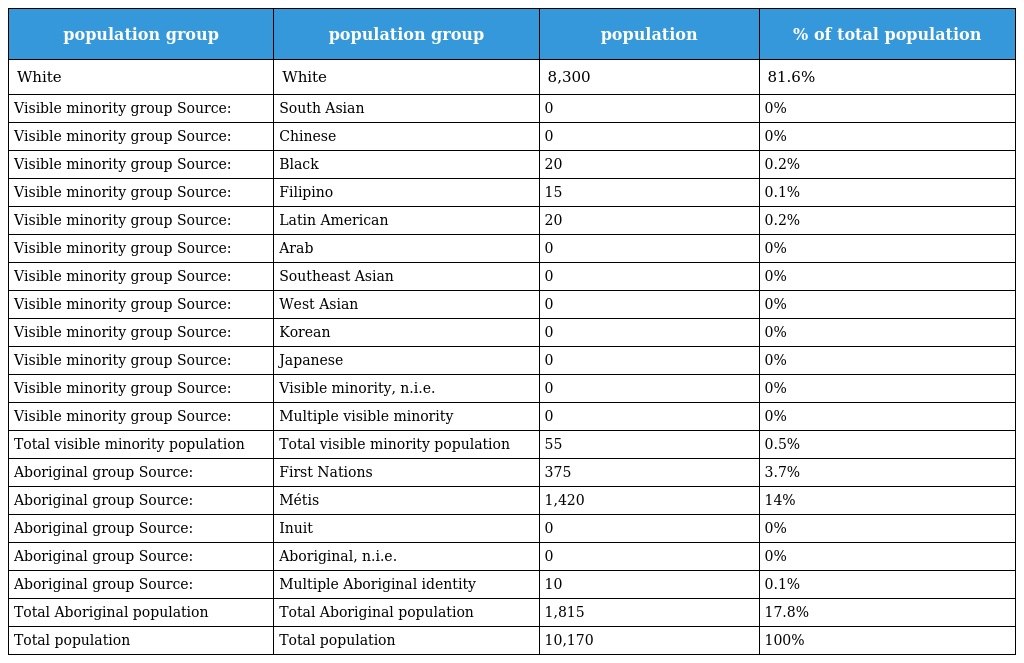
| population group | population group | population | % of total population |
 | --- | --- | --- | --- |
 | White | White | 8,300 | 81.6% |
 | Visible minority group Source: | South Asian | 0 | 0% |
 | Visible minority group Source: | Chinese | 0 | 0% |
 | Visible minority group Source: | Black | 20 | 0.2% |
 | Visible minority group Source: | Filipino | 15 | 0.1% |
 | Visible minority group Source: | Latin American | 20 | 0.2% |
 | Visible minority group Source: | Arab | 0 | 0% |
 | Visible minority group Source: | Southeast Asian | 0 | 0% |
 | Visible minority group Source: | West Asian | 0 | 0% |
 | Visible minority group Source: | Korean | 0 | 0% |
 | Visible minority group Source: | Japanese | 0 | 0% |
 | Visible minority group Source: | Visible minority, n.i.e. | 0 | 0% |
 | Visible minority group Source: | Multiple visible minority | 0 | 0% |
 | Total visible minority population | Total visible minority population | 55 | 0.5% |
 | Aboriginal group Source: | First Nations | 375 | 3.7% |
 | Aboriginal group Source: | Métis | 1,420 | 14% |
 | Aboriginal group Source: | Inuit | 0 | 0% |
 | Aboriginal group Source: | Aboriginal, n.i.e. | 0 | 0% |
 | Aboriginal group Source: | Multiple Aboriginal identity | 10 | 0.1% |
 | Total Aboriginal population | Total Aboriginal population | 1,815 | 17.8% |
 | Total population | Total population | 10,170 | 100% |